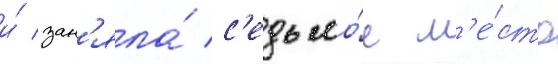
и́ зан'яла́ с'едьмо́е м'е́сто